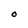
Character: O